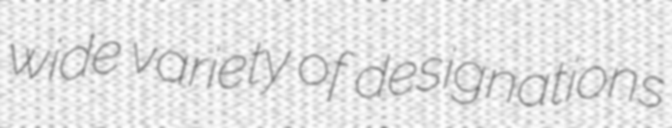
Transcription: wide variety of designations